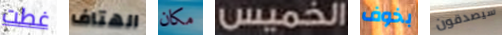
غطت الهتاف مكان الخميس بخوف سيصدقون